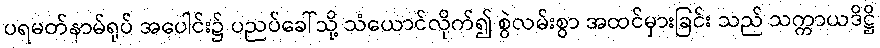
ပရမတ်နာမ်ရုပ် အပေါင်း၌ ပညပ်ခေါ်သို့ သံယောင်လိုက်၍ စွဲလမ်းစွာ အထင်မှားခြင်း သည် သက္ကာယဒိဋ္ဌိ